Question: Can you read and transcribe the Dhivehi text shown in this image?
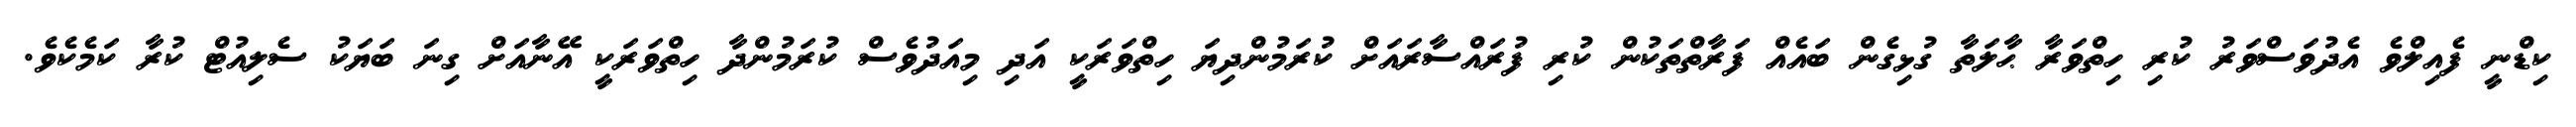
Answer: ކިޑްނީ ފެއިލްވެ އެދުވަސްވަރު ކުރި ހިތްވަރާ ޙާލަތާ ގުޅިގެން ބައެއް ފަރާތްތަކުން ކުރި ފުރައްސާރައަށް ކުރަމުންދިޔަ ހިތްވަރަކީ އަދި މިއަދުވެސް ކުރަމުންދާ ހިތްވަރަކީ އޭނާއަށް ގިނަ ބަޔަކު ސެލިއުޓް ކުރާ ކަމެކެވެ.